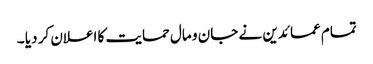
تمام عمائدین نے جان و مال حمایت کا اعلان کر دیا ۔